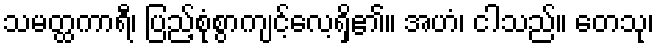
သမတ္ထကာရီ၊ ပြည့်စုံစွာကျင့်လေ့ရှိ၏။ အဟံ၊ ငါသည်။ တေသု၊